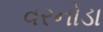
વરનોડા